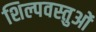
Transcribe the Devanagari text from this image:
शिल्पवस्तुओं